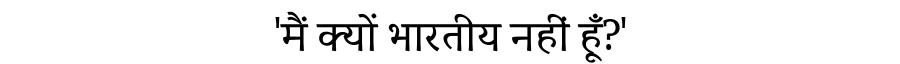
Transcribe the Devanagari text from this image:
'मैं क्यों भारतीय नहीं हूँ?'